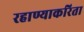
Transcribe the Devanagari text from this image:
रहाण्याकरिता